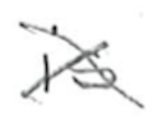
Text: is
Cross-out: mix
Writing tool: pencil